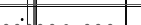
: